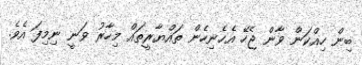
ބިން ހިއްކަން ވާން ޖެހޭ އެހެނިހެން ތައްޔާރީތައް މިހާރު ވަނީ ނިމިފަ އެވެ.